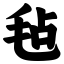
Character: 毡